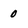
Character: 0